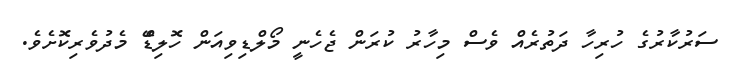
ސަރުކާރުގެ ހުރިހާ ދަތުރެއް ވެސް މިހާރު ކުރަން ޖެހެނީ މޯލްޑިވިއަން ހޮލިޑޭް މެދުވެރިކޮށެވެ.